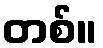
တစ်။